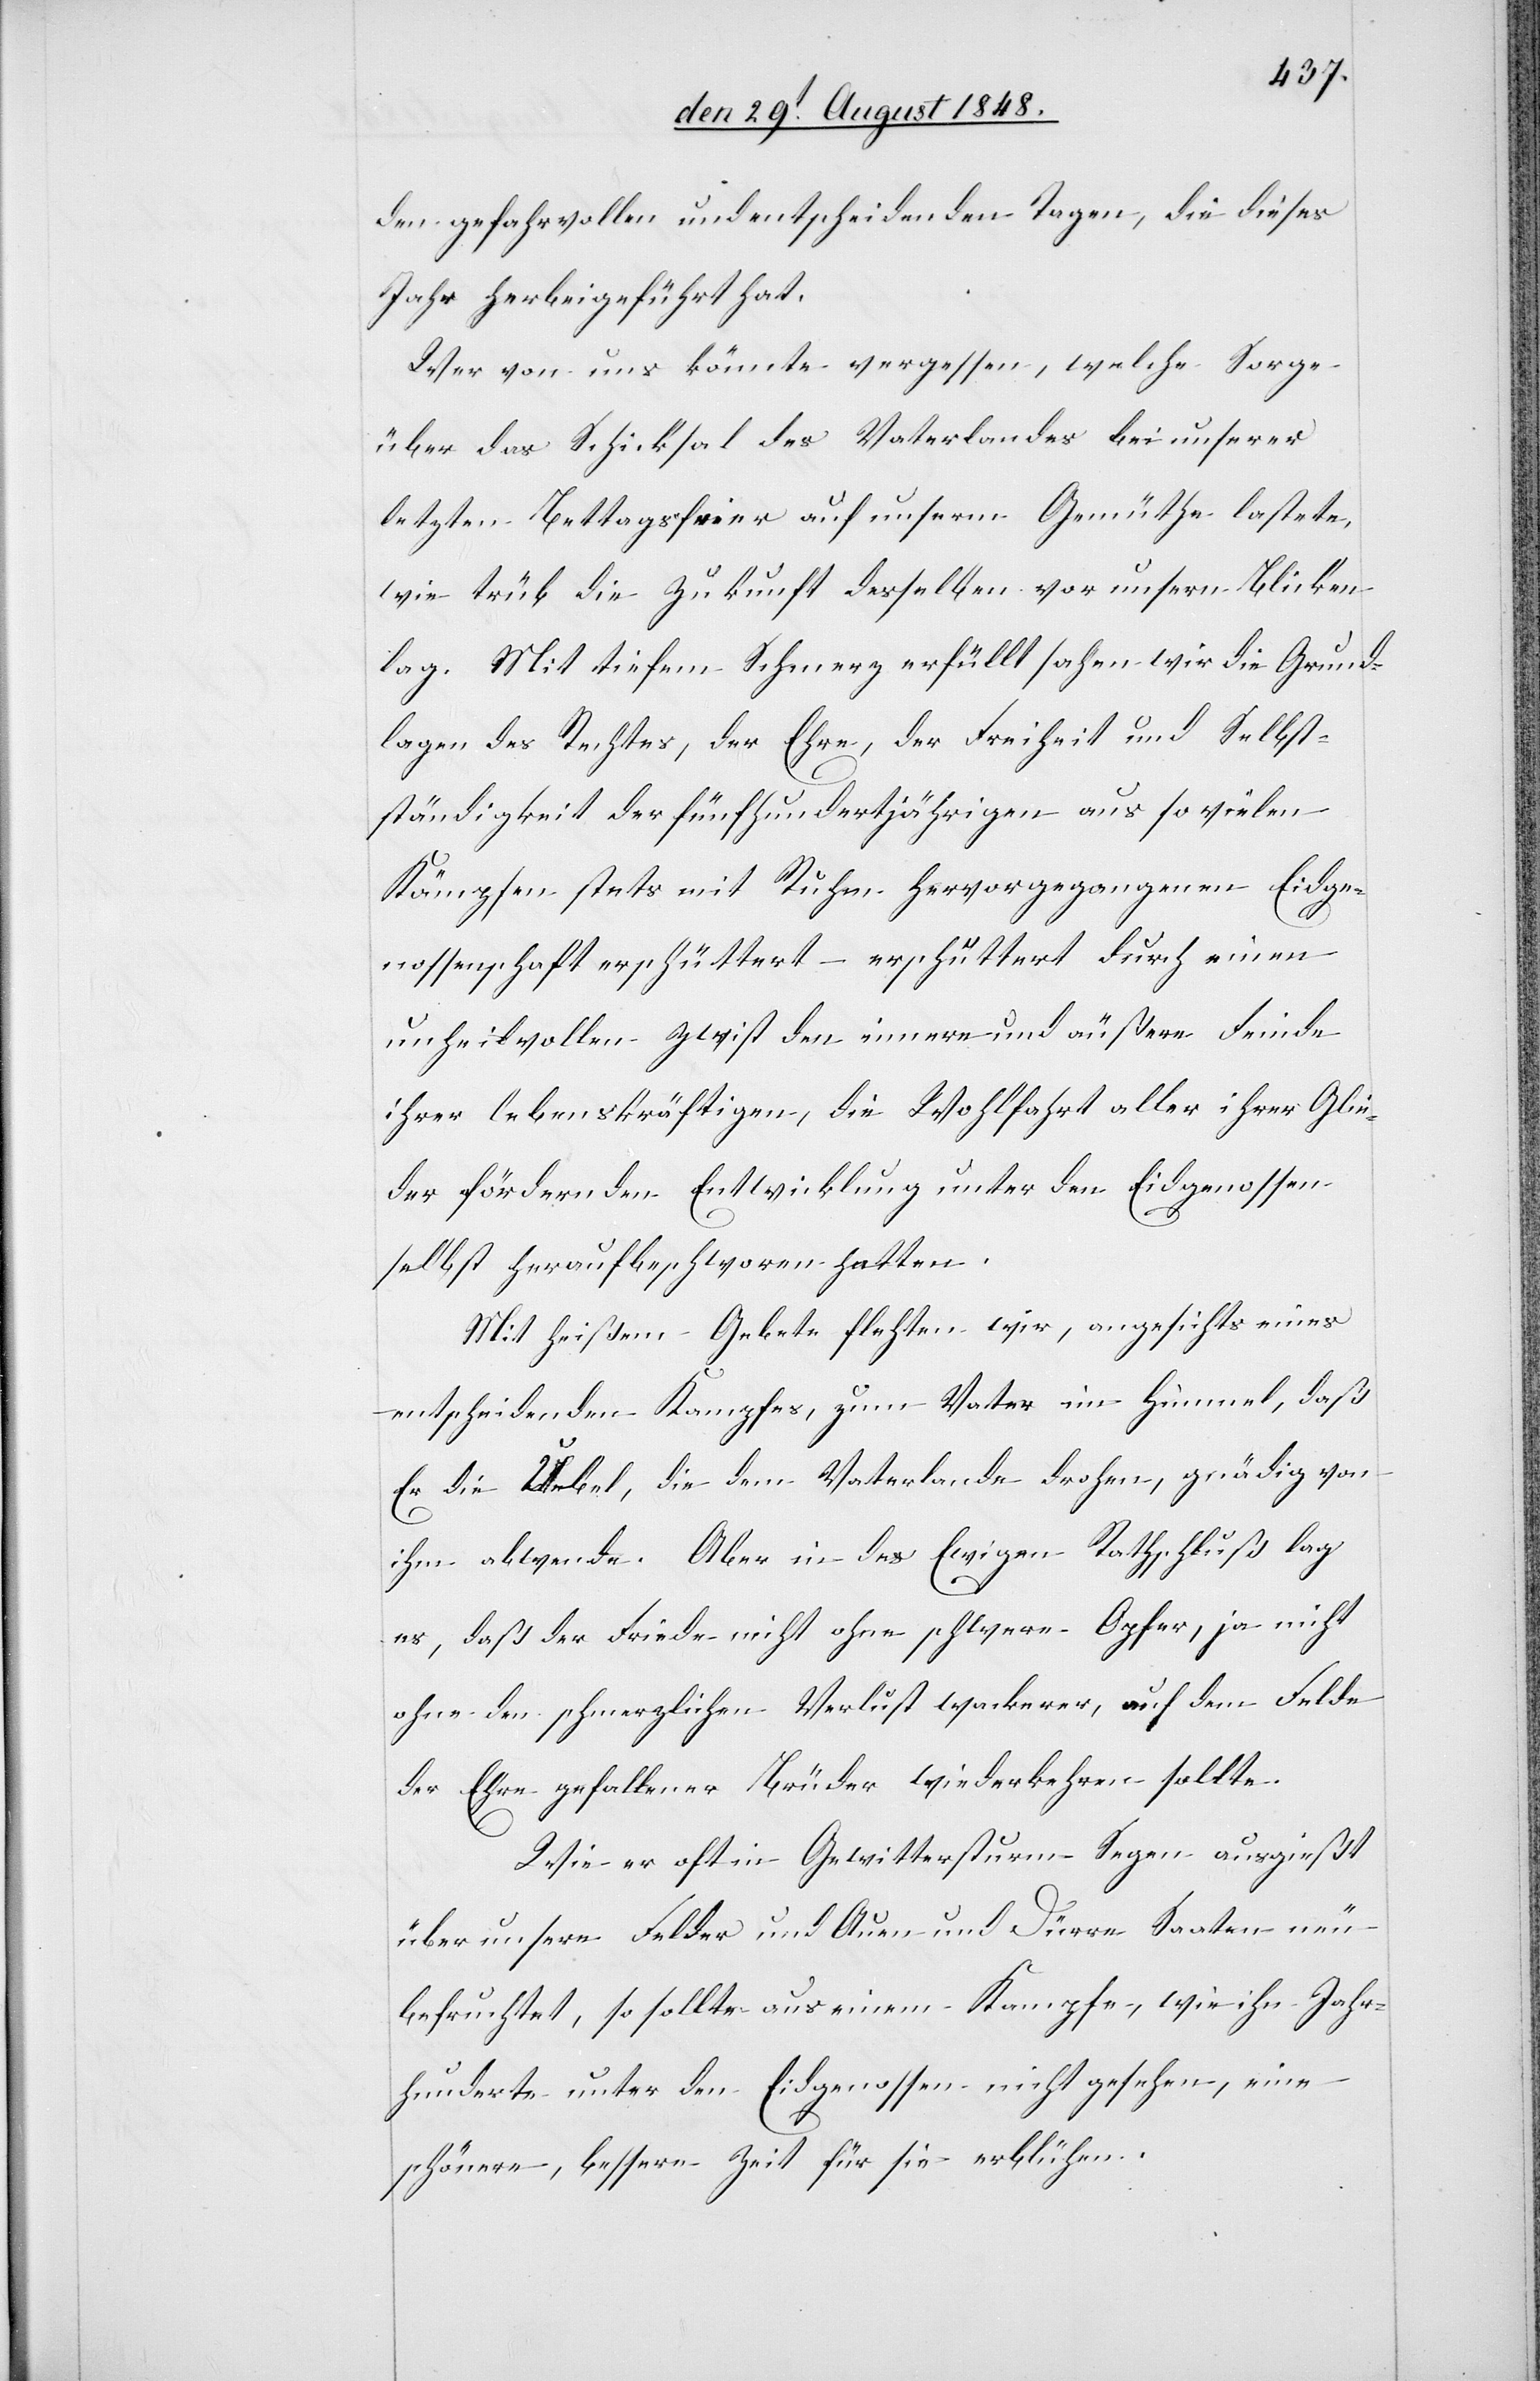
den gefahrvollen und entscheidenden Tagen, die dieses
Jahr herbeigeführt hat.
Wer von uns könnte vergessen, welche Sorge
über das Schicksal des Vaterlandes bei unserer
letzten Bettagsfeier auf unserm Gemüthe lastete,
wie trüb die Zukunft desselben vor unsern Blicken
lag. Mit tiefem Schmerz erfüllt sahen wird die Grund¬
lagen des Rechtes, der Ehre, der Freiheit und Selb¬
ständigkeit der fünfhundertjährigen aus so vielen
Kämpfen stets mit Ruhe hervorgegangenen Eidge¬
nossenschaft erschüttert – erschüttert durch einen
unheilvollen Zwist den innern und äußere Feinde
ihrer lebenskräftigen, die Wohlfahrt aller ihrer Glie¬
der fördernden Entwicklung unter den Eidgenossen
selbst heraufbeschworen hatten.
Mit heißen Gebete flehten wird, angesichts eines
entscheidenden Kampfes, zum Vater im Himmel, daß
Er die Uebel, die dem Vaterlande drohen, gnädig von
ihm abwende. Aber in des Ewigen Rathschluß lag
es, daß der Friede nicht ohne schwere Opfer, ja nicht
ohne den schmerzlichen Verlust wackerer, auf dem Felde
der Ehre gefallener Brüder wiederkehren sollte.
Wie er oft in Gewittersturm Segen ausgießt
über unsere Felder und Auen und Dürre Saaten neu
befruchtet, so sollte aus einem Kampfe, wie ihn Jahr¬
hunderte unter den Eidgenossen nicht gesehen, eine
schönere, bessere Zeit für sie erblühen.